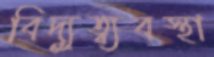
বিদ্যুত্ব্যবস্থা